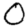
Digit: 0